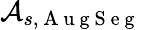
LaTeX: \mathcal{A}_{s,\mathrm{~A~u~g~S~e~g~}}